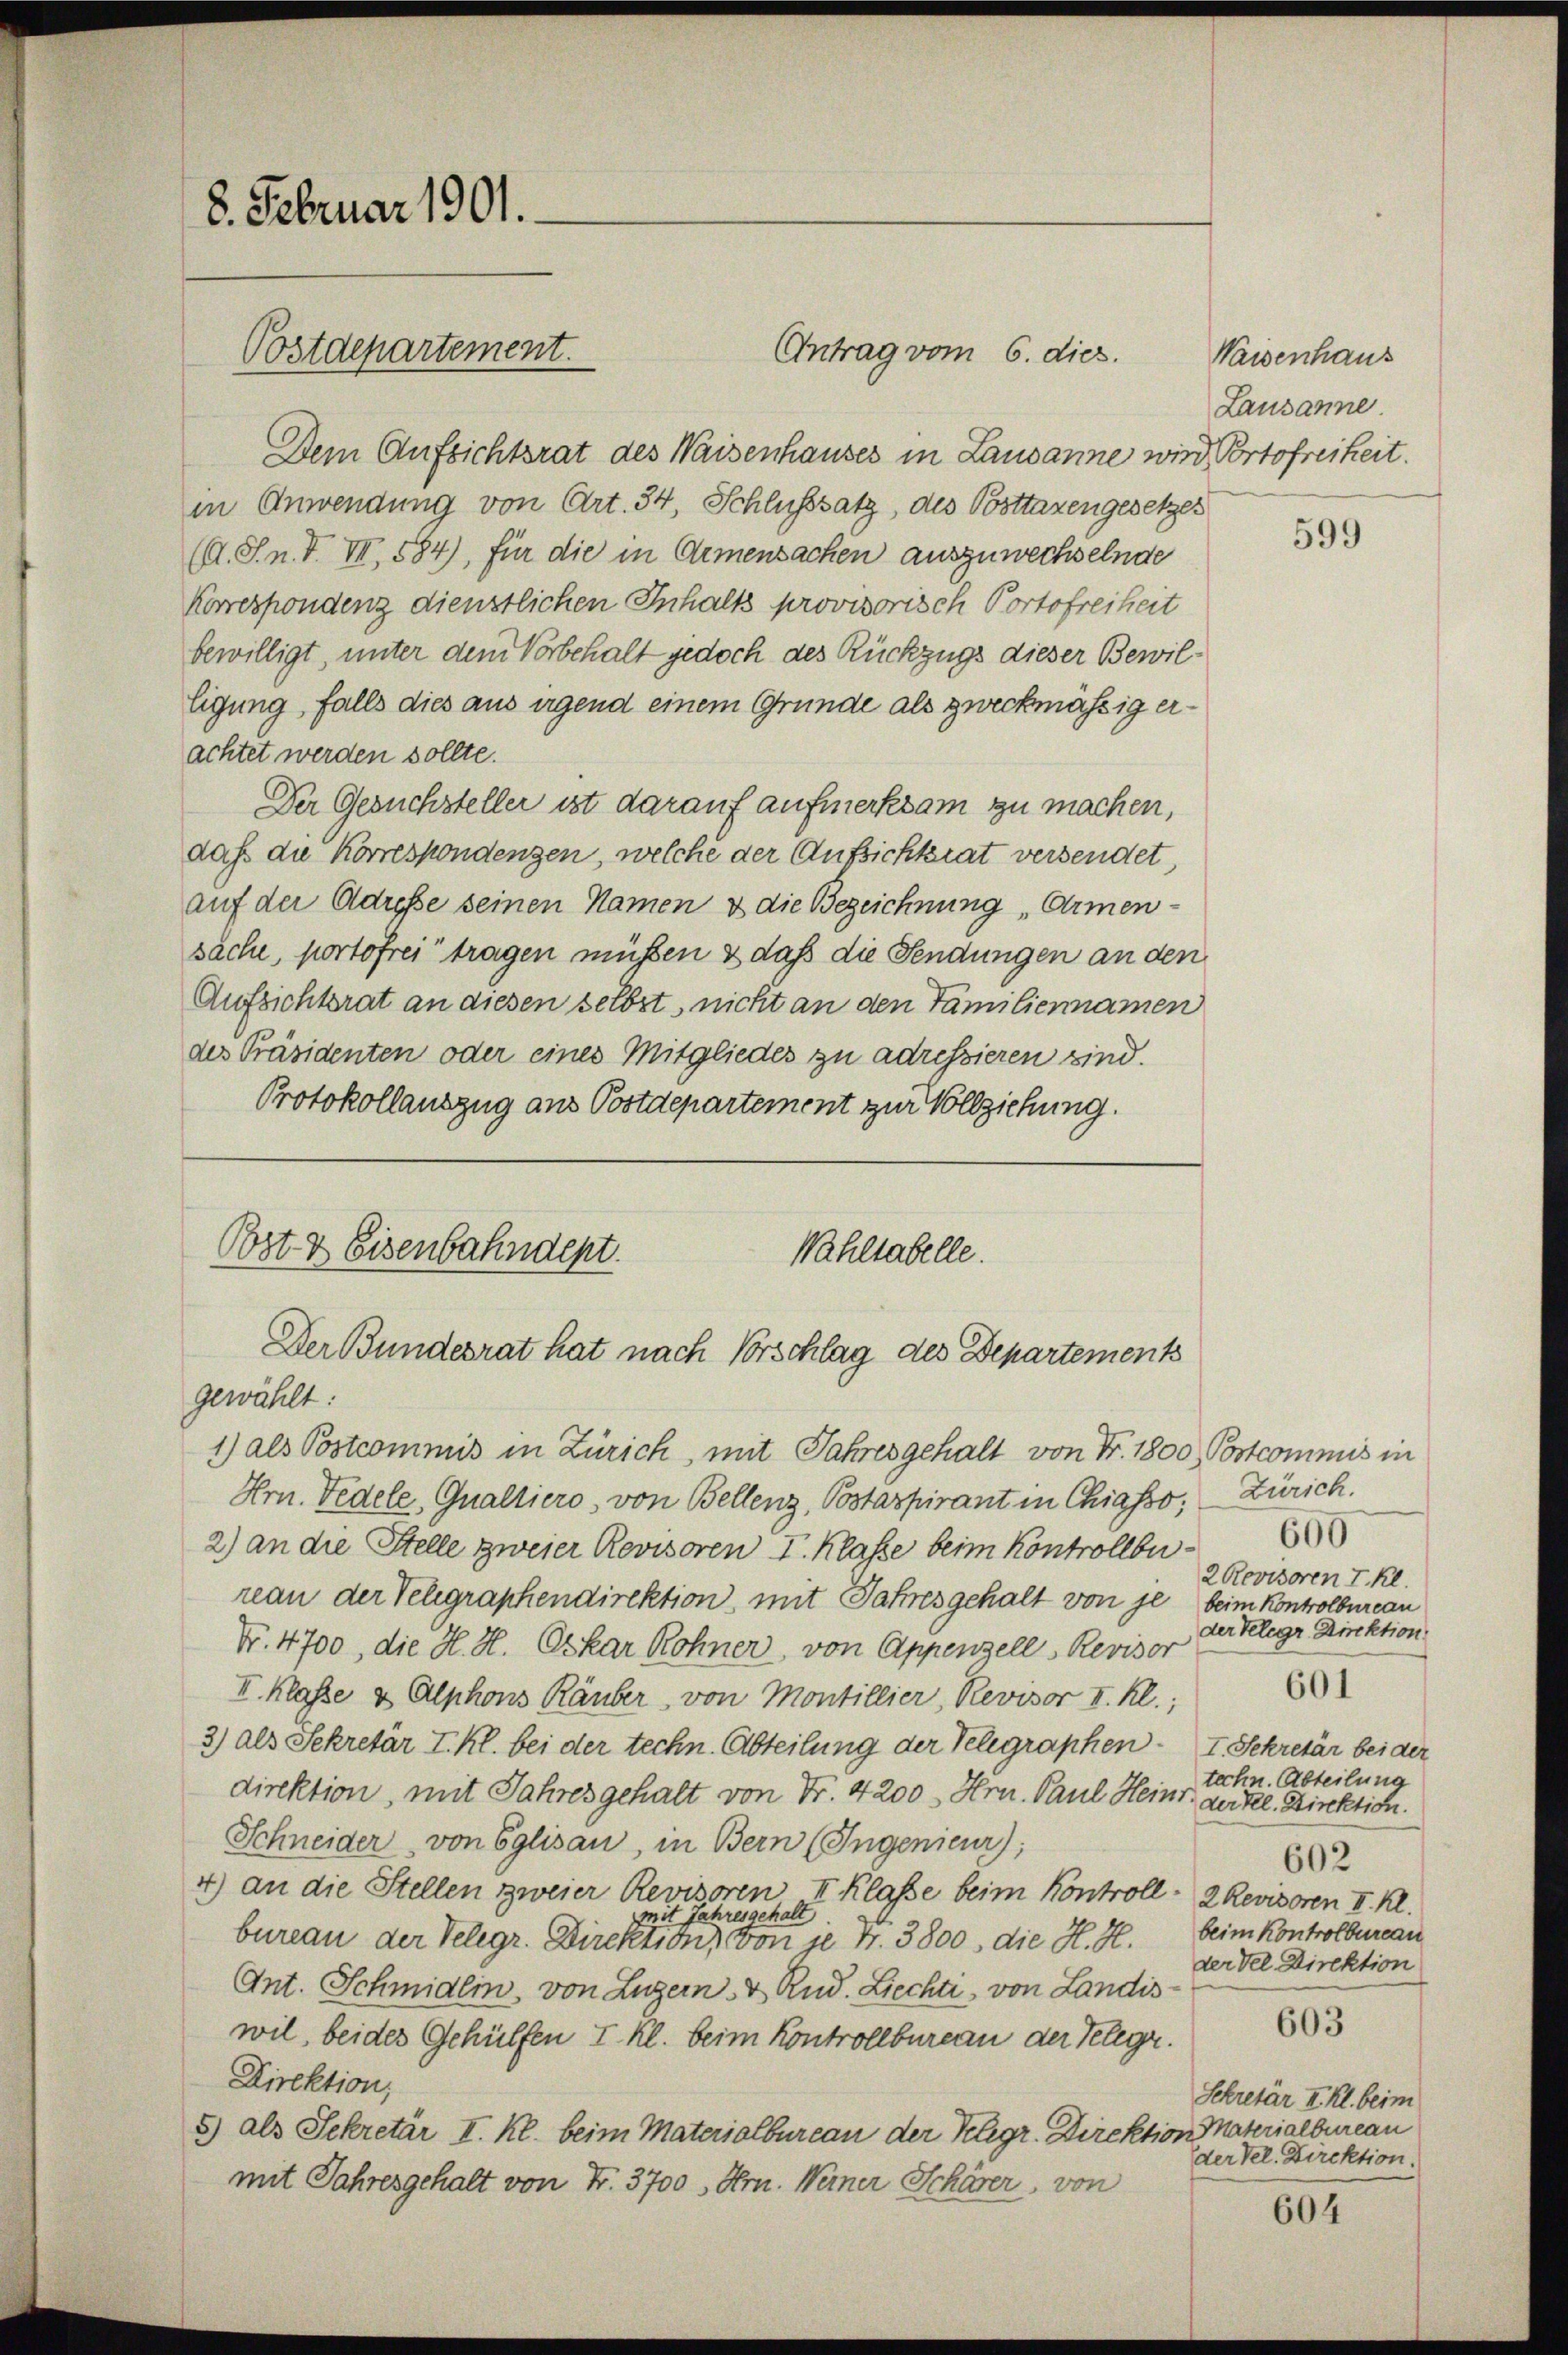
8. Februar 1901.

Postdepartement.

Antrag vom 6. dies.

Dem Aufsichtsrat des Waisenhauses in Lausanne wird Portofreiheit.
in Anwendung von Art. 34, Schlußsatz, des Posttaxengesetzes
(A. S. n. F. VII, 584), für die in Armensachen auszuwechselnde
Korrespondenz dienstlichen Inhalts provisorisch Portofreiheit
bewilligt, unter dem Vorbehalt jedoch des Rückzugs dieser Bewilligung, falls dies aus irgend einem Grunde als zweckmäßig erachtet werden sollte.
Der Gesuchsteller ist darauf aufmerksam zu machen,
daß die Korrespondenzen, welche der Aufsichtrat versendet,
auf der Adresse seinen Namen & die Bezeichnung „Armensache, portofrei tragen müßen & daß die Sendungen an den
Aufsichtsrat an diesen selbst, nicht an den Familiennamen
des Präsidenten oder eines Mitgliedes zu adressieren sind.
Protokollauszug aus Postdepartement zur Vollziehung.

Post & Eisenbahndept.
Wahltabelle.
Der Bundesrat hat nach Vorschlag des Departements

gewählt:
1) als Postcommis in Zürich, mit Jahresgehalt von Fr. 1800, Postcommis in
Hrn. Tedele, Qualtiers, von Bellenz, Postaspirant in Chiasso, Zürich.
2) an die Stelle zweier Revisoren I. Klasse beim Kontrollbureau der Telegraphendirektion, mit Jahres gehalt von je beim Kontrolbureau
Nr. 4700, die H. H. Oskar Rohner, von Appenzell Revisor
II. Klasse & Alphons Räuber, von Montillier, Revisor II. Kl.;
3) als Sekretär I. Kl. bei der techn. Abteilung der Telegraphen I. Sekretär bei der
direktion, mit Jahresgehalt von Fr. 4200. Hrn. Paul Heinr. die eine Direktion.
Schneider von Eglisau, in Bern (Ingenieur;
4) an die Stellen zweier Revisoren II Klasse beim Kontroll 2 Revisoren II. Kl.
mit Jahresgehalt
bureau der Telegr. Direktion, von je Fr. 3800, die H. H. beim Kontrolbureau
Ant. Schmidlin, von Luzern & Rud. Liechti, von Landis-
wil, beides Gehülfen I. Kl. beim Kontrollbureau der Telegr.
Direktion,
5) als Sekretär I. Kl. beim Materialbureau der Klegr. Direktion Materialbureau
mit Jahresgehalt von Fr. 3700 " Hrn. Weiner Schärer, von

Waisenhaus
Lausanne.

599

600
2 Revisoren I. Kl.
der Telegr Direktion
techn. Abteilung
602
der del Direktion
603
Sekretär II. Kl. beim
der Vel. Direktion.

601

604